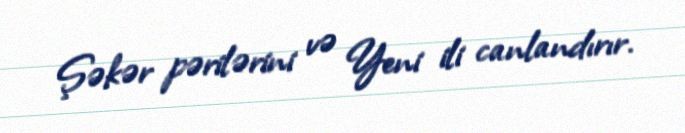
Şəkər pərilərini və Yeni ili canlandırır.